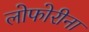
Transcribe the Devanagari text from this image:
लोफोरीना